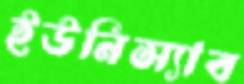
ইউনিস্যাব